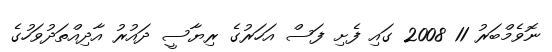
ނޮވެމްބަރު 11 2008 ގައި ފެށި ފަސް އަހަރުގެ ރިޔާސީ ދައުރު އާދިއްތަދުވަހުގެ